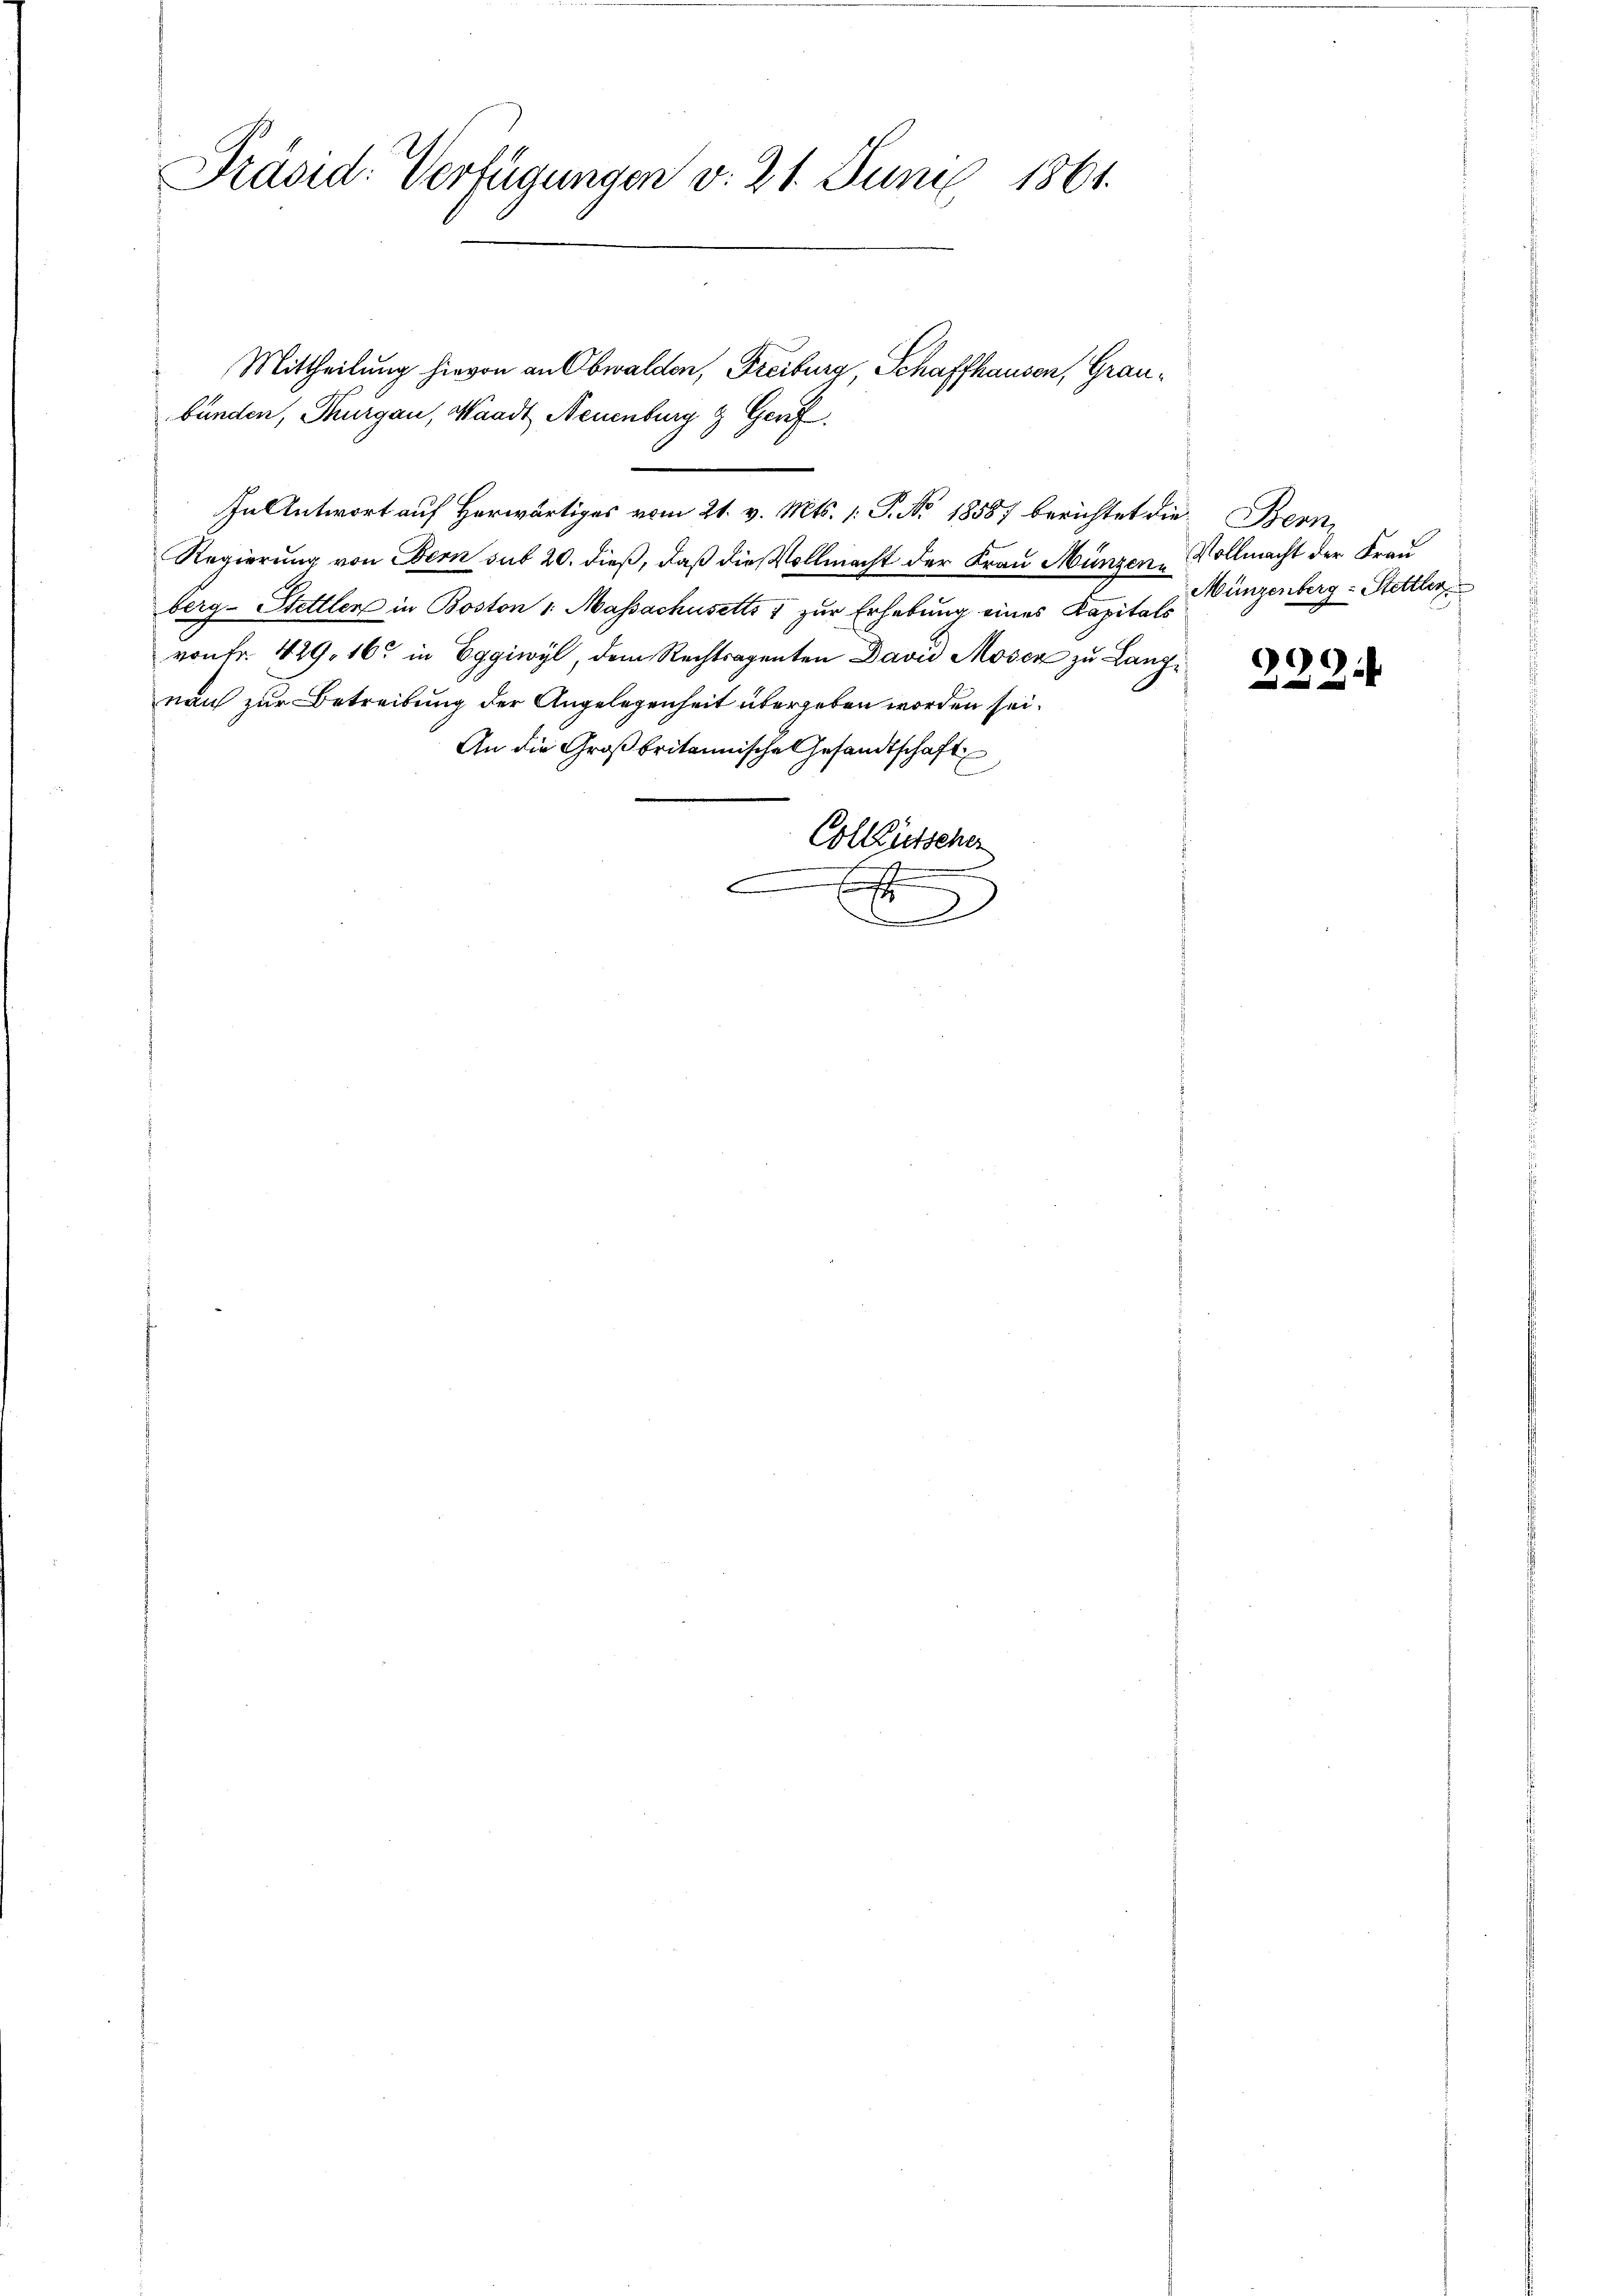
Präsid. Verfügungen v. 21. Juni 1861.

Mittheilung hievon an Obwalden, Freiburg, Schaffhausen, Graubünden, Thurgau, Waadt, Neuenburg & Genf
In Antwort auf Herwärtiges vom 21. v. Mts. 1. P. No. 18587 berichtet die Bern
Regierung von Obern sub 20. dieß, daß die Vollmacht der Frau Münzen, Vollmacht der Frau
berg- Stettler in Boston 1 Massachusetts 1 zur Erhebung eines Kapitals
von Fr. 429. 16. in Eggiwyl, dem Rechtragenten David Moser zu Langnach zur Betreibung der Angelegenheit übergeben worden sei.
An die Großbritannische Gesandtschaft
Colleütscher
.
.

Münzenberg - Stettler

90